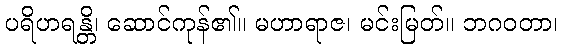
ပရိဟရန္တိ၊ ဆောင်ကုန်၏။ မဟာရာဇ၊ မင်းမြတ်။ ဘဂဝတာ၊